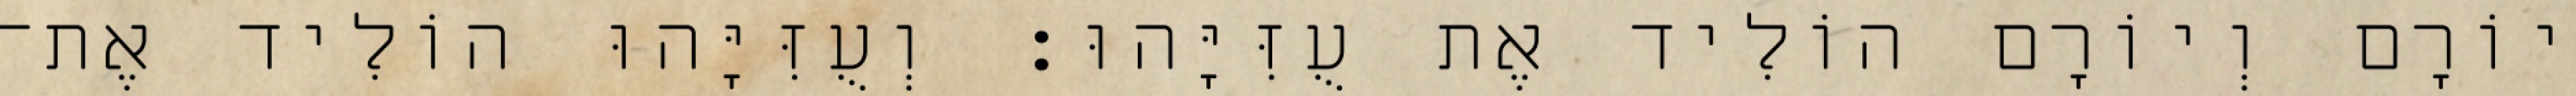
יוֹרָם וְיוֹרָם הוֹלִיד אֶת עֻזִּיָּהוּ׃ וְעֻזִּיָּהוּ הוֹלִיד אֶת־